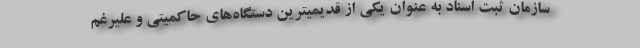
سازمان ثبت اسناد به عنوان یکی از قدیمیترین دستگاه‌های حاکمیتی و علیرغم